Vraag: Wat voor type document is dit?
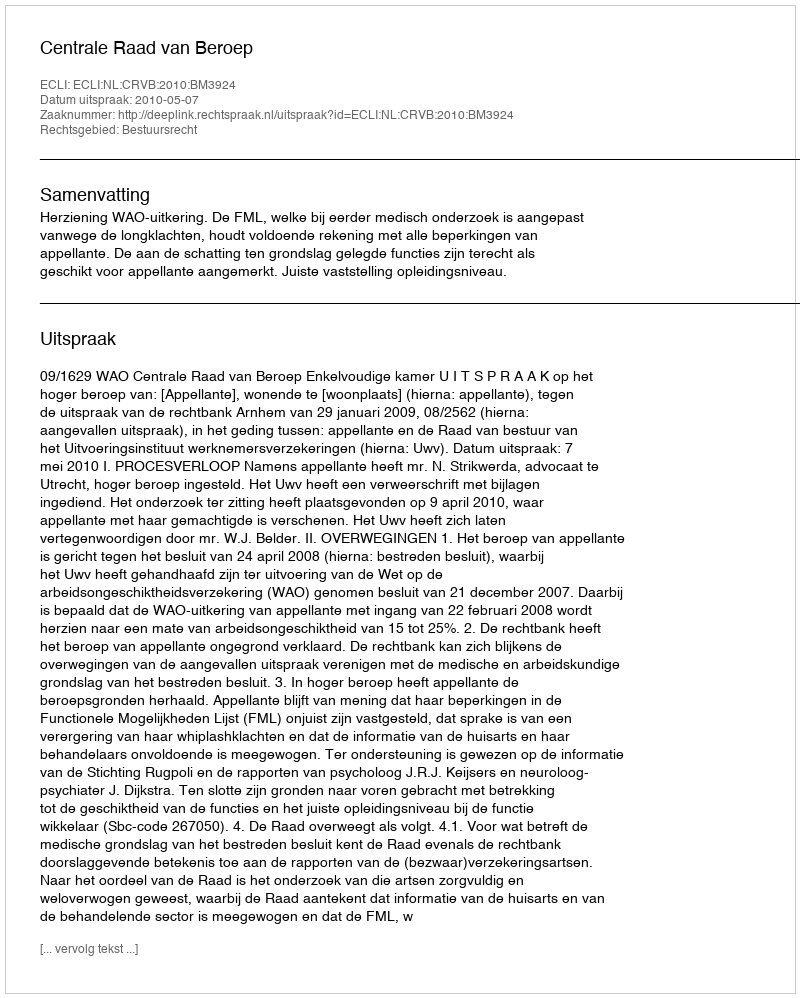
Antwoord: Uitspraak